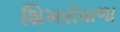
શિખરોવાળા